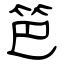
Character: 笆